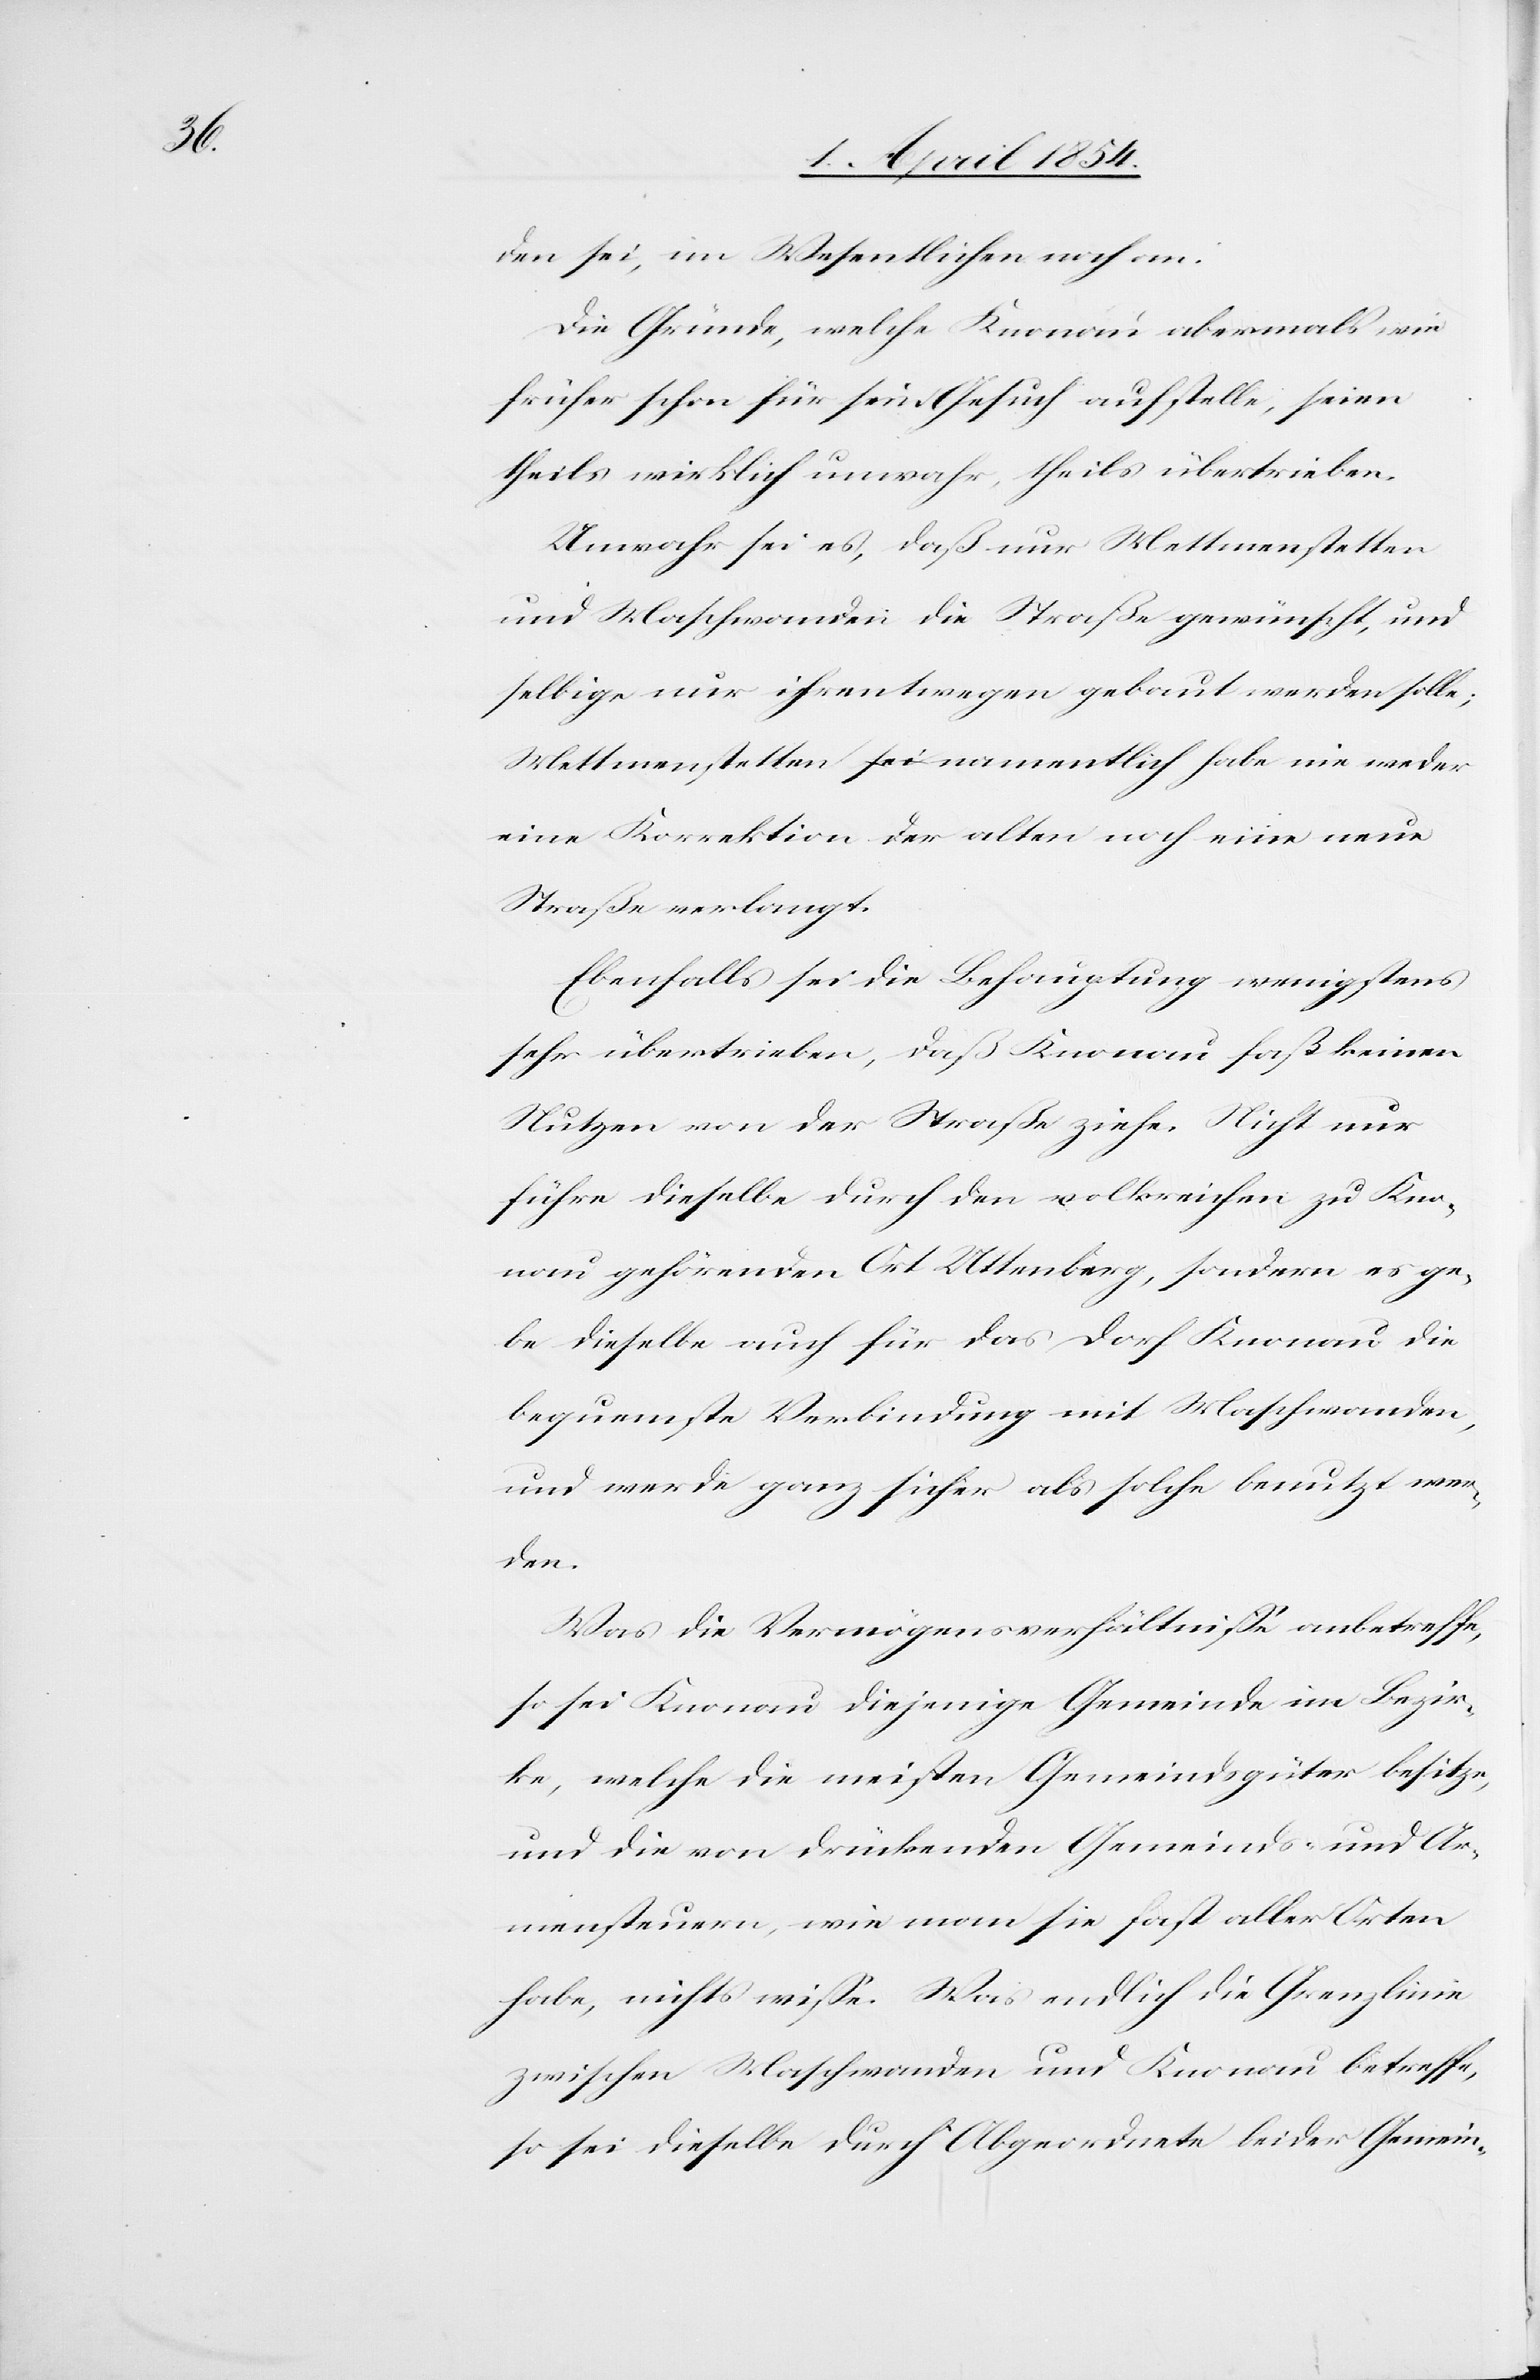
den sei, im Wesentlichen an:
Die Gründe, welche Knonau abermals wie
früher schon für sein Gesuch aufstelle, seien
theils wirklich unwahr, theils übertrieben.
Unwahr sei es, daß nur Mettmenstetten
und Maschwanden die Straße gewünscht, und
selbige nur ihrentwegen gebaut werden solle;
Mettmenstetten sei [sic!] namentlich habe nie weder
eine Korrektion der alten noch eine neue
Straße verlangt.
Ebenfalls sei die Behauptung wenigstens
sehr übertrieben, daß Knonau fast keinen
Nutzen von der Straße ziehe. Nicht nur
führe dieselbe durch den volkreichen zu Kno¬
nau gehörenden Ort Utenberg, sondern es ge¬
be dieselbe auch für das Dorf Knonau die
bequemste Verbindung mit Maschwanden,
und werde ganz sicher als solche benutzt wer¬
den.
Was die Vermögensverhältniße anbetreffe,
so sei Knonau diejenige Gemeinde im Bezir¬
ke, welche die meisten Gemeindsgüter besitze,
und die von drückenden Gemeinds- und Ar¬
mensteuern, wie man sie fast aller Orten
habe, nichts wiße. Was endlich die Grenzlinie
zwischen Maschwanden und Knonau betreffe,
so sei dieselbe durch Abgeordnete beider Gemein-